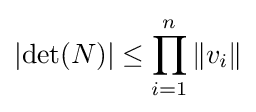
\left|\det(N)\right|\leq \prod _{i=1}^{n}\|v_{i}\|